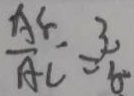
\frac { A E } { A C } = \frac { 3 } { 6 }